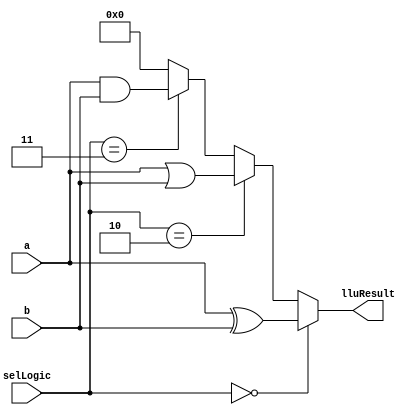
// **************************************************************************************
// Project: AFTAB
// Version: 1.0
// Date:
//
// Module Name: aftab_LLU
// Description:
//
// Dependencies:
//
// File content description:
// LLU for AFTAB datapath
//
// **************************************************************************************
`timescale 1ns/1ns

module aftab_LLU #(parameter size = 32) (
    input [size-1:0] a,
    input [size-1:0] b,
    input [1:0] selLogic,
    output [size-1:0] lluResult
);

    assign lluResult = (selLogic == 2'b00) ? a^b :
                       (selLogic == 2'b10) ? a|b :
                       (selLogic == 2'b11) ? a&b :
                       {(size){1'b0}};

endmodule